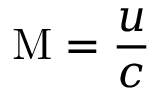
\mathrm { M } = { \frac { u } { c } }